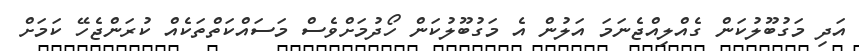
އަދި މަގުބޫލުކަން ގެއްލިއްޖެނަމަ އަލުން އެ މަގުބޫލުކަން ހޯދުމަށްވެސް މަސައްކަތްތަކެއް ކުރަންޖެހޭ ކަމަށް